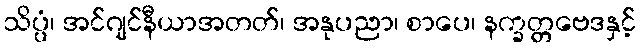
သိပ္ပံ၊ အင်ဂျင်နီယာအတတ်၊ အနုပညာ၊ စာပေ၊ နက္ခတ္တဗေဒနှင့်